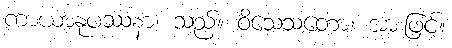
ကာယာနုပဿနာ၊ သည်။ ဝိသေသတော၊ အားဖြင့်။